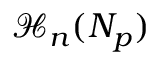
\mathcal { H } _ { n } ( N _ { p } )